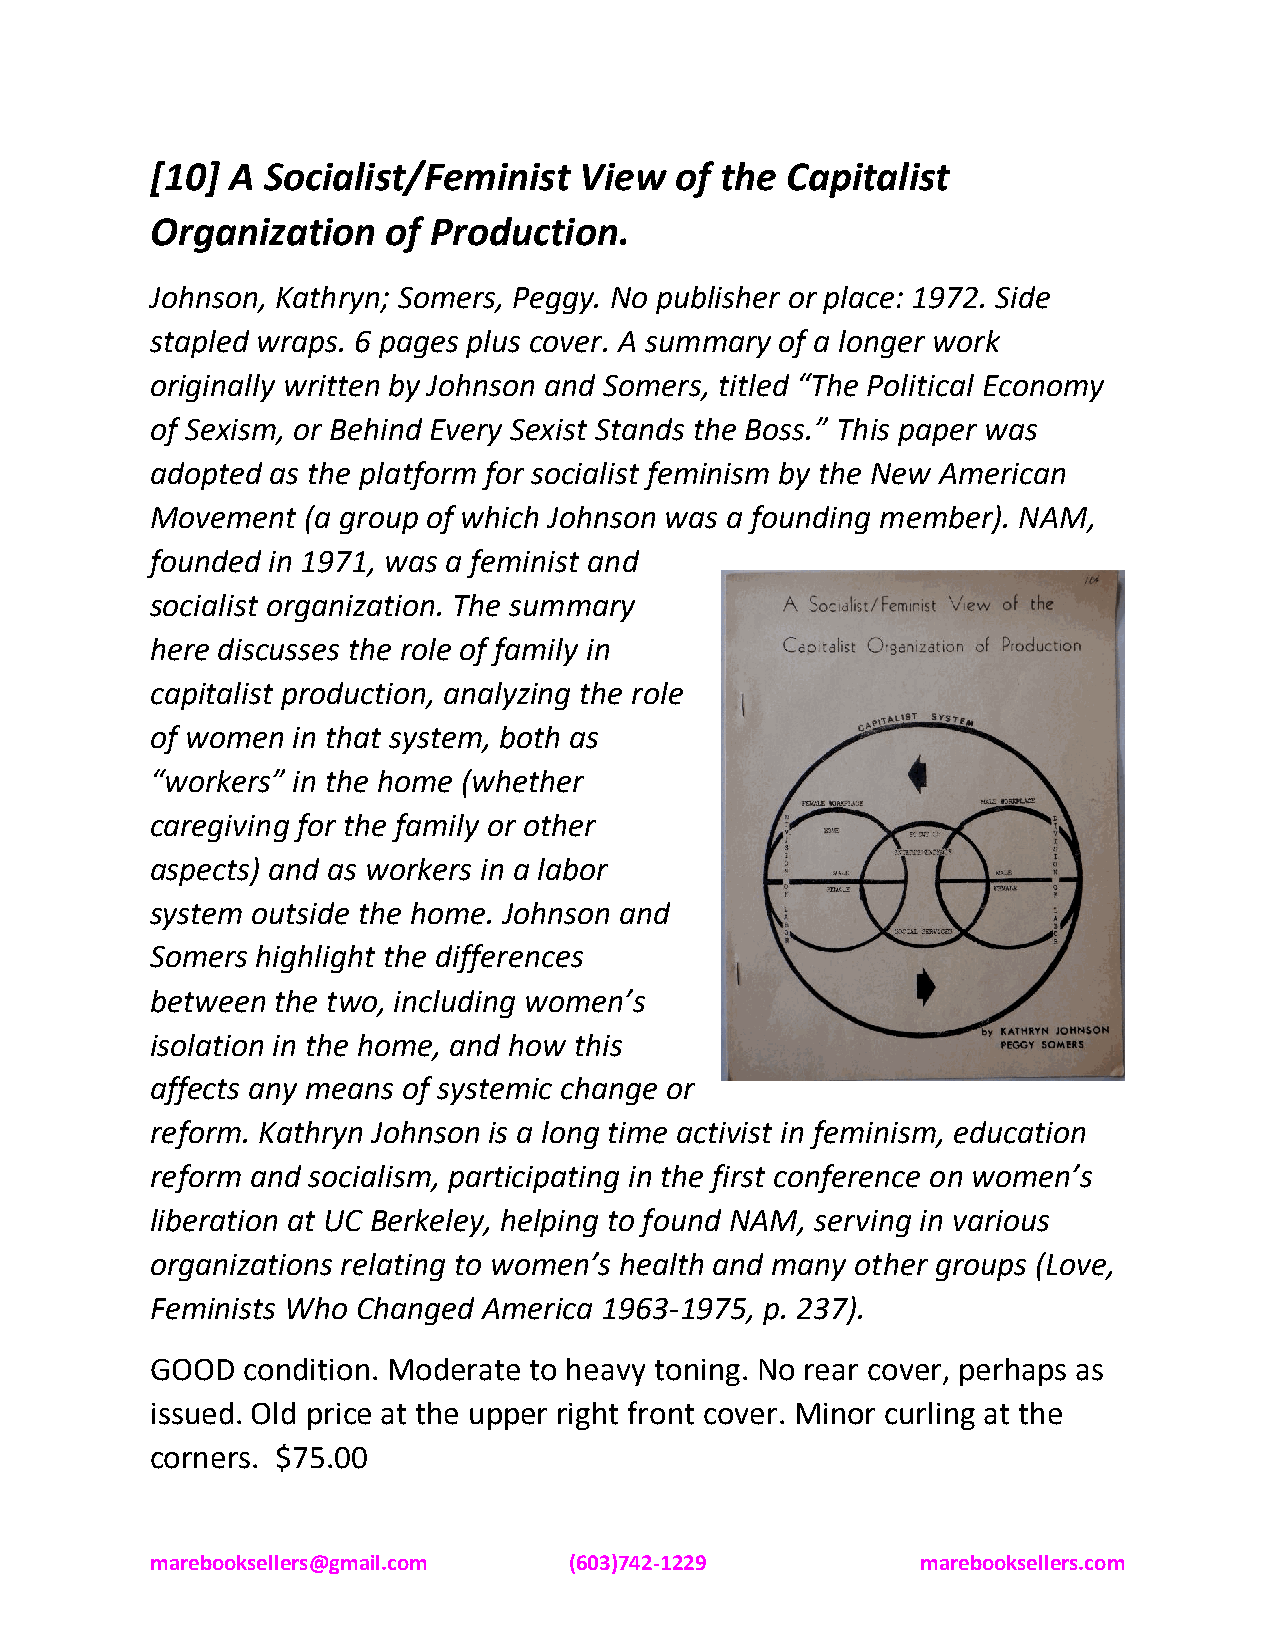
[10] A Socialist/Feminist   View   of the Capitalist
 Organization    of Production.
 Johnson, Kathryn; Somers, Peggy. No publisher or place: 1972. Side
 stapled wraps. 6 pages plus cover. A summary of a longer work
 originally written by Johnson and Somers, titled “The Political Economy
 of Sexism, or Behind Every Sexist Stands the Boss.” This paper was
 adopted as the platform for socialist feminism by the New American
 Movement  (a group of which Johnson was a founding member). NAM,
 founded in 1971, was a feminist and
 socialist organization. The summary
 here discusses the role of family in
 capitalist production, analyzing the role
 of women in that system, both as
 “workers” in the home (whether
 caregiving for the family or other
 aspects) and as workers in a labor
 system outside the home. Johnson and
 Somers highlight the differences
 between the two, including women’s
 isolation in the home, and how this
 affects any means of systemic change or
 reform. Kathryn Johnson is a long time activist in feminism, education
 reform and socialism, participating in the first conference on women’s
 liberation at UC Berkeley, helping to found NAM, serving in various
 organizations relating to women’s health and many other groups (Love,
 Feminists Who Changed America 1963-1975, p. 237).
 GOOD  condition. Moderate to heavy toning. No rear cover, perhaps as
 issued. Old price at the upper right front cover. Minor curling at the
 corners. $75.00
 marebooksellers@gmail.com   (603)742-1229          marebooksellers.com